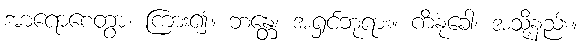
အာရောစေတွာ၊ ကြား၍။ ဘန္တေ၊ အရှင်ဘုရား။ ကိံနုခေါ၊ အသို့နည်း။